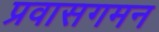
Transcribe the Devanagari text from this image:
प्रवासगमन